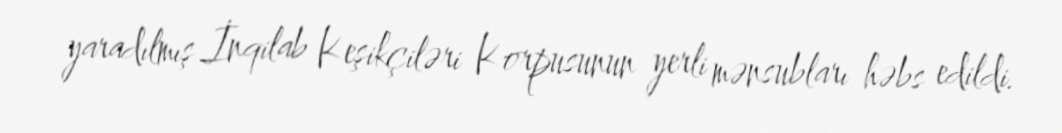
yaradılmış İnqilab Keşikçiləri Korpusunun yerli mənsubları həbs edildi.